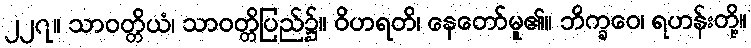
၂၂၇။ သာဝတ္တိယံ၊ သာဝတ္တိပြည်၌။ ဝိဟရတိ၊ နေတော်မူ၏။ ဘိက္ခဝေ၊ ရဟန်းတို့။